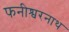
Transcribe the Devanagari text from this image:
फनीश्वरनाथ